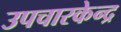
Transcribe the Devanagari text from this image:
उपचारकेन्द्र